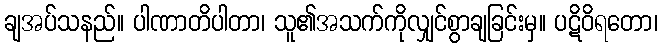
ချအပ်သနည်။ ပါဏာတိပါတာ၊ သူ၏အသက်ကိုလျှင်စွာချခြင်းမှ။ ပဋိဝိရတော၊